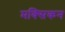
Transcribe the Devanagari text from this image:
मक्सिकन